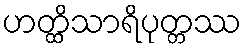
ဟတ္ထိသာရိပုတ္တဿ